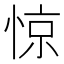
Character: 惊